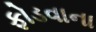
ફોડવાના